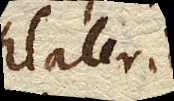
Elaterio